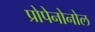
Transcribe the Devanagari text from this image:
प्रोपेनोनोल